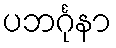
ပဘင်္ဂုနာ